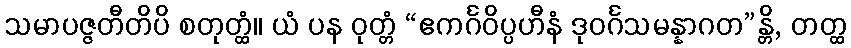
သမာပဇ္ဇတီတိပိ စတုတ္ထံ။ ယံ ပန ဝုတ္တံ “ဧကင်္ဂဝိပ္ပဟီနံ ဒုဝင်္ဂသမန္နာဂတ”န္တိ, တတ္ထ